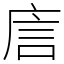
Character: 㢇